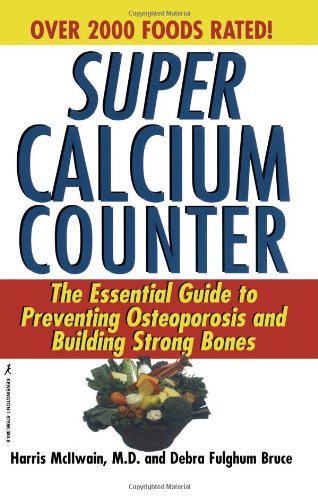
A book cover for Super Calcium Counter: The Essential Guide to Preventing Osteoporosis and Building Strong Bones; McIlwain; Health, Fitness & Dieting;